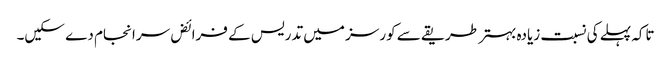
تاکہ پہلے کی نسبت زیادہ بہتر طریقے سے کورسز میں تدریس کے فرائض سرانجام دے سکیں۔